Indian journal of veterinary science and animal husbandry - Volume 9,
Year: 1939
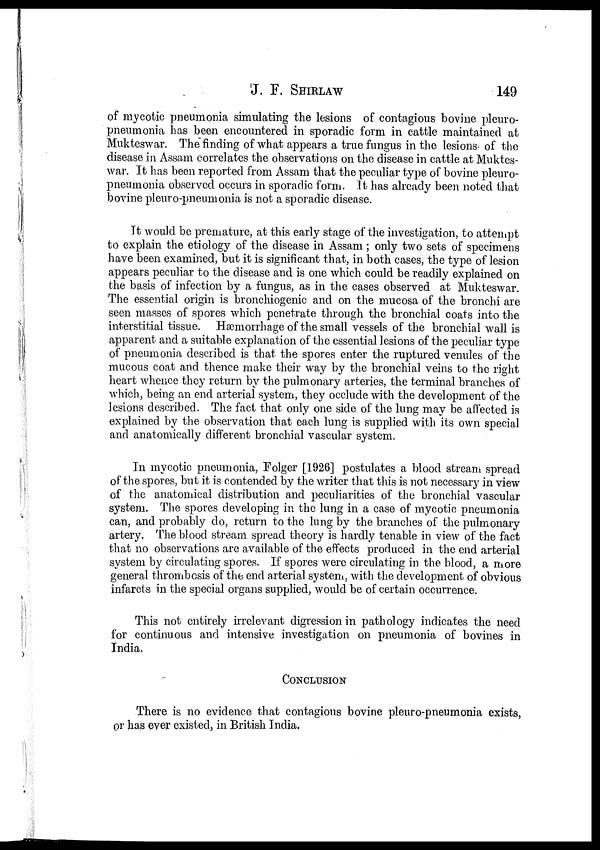
J. F.
SHIRLAW
149
of mycotic pneumonia simulating the lesions of contagious bovine pleuro-
pneumonia has been encountered in sporadic form in cattle maintained at
Mukteswar. The finding of what appears a true fungus in the lesions of the
disease in Assam correlates the observations on the disease in cattle at Muktes-
war. It has been reported from Assam that the peculiar type of bovine pleuro-
pneumonia observed occurs in sporadic form. It has already been noted that
bovine pleuro-pneumonia is not a sporadic disease.
It would be premature, at this early stage of the investigation, to attempt
to explain the etiology of the disease in Assam ; only two sets of specimens
have been examined, but it is significant that, in both cases, the type of lesion
appears peculiar to the disease and is one which could be readily explained on
the basis of infection by a fungus, as in the cases observed at Mukteswar.
The essential origin is bronchiogenic and on the mucosa of the bronchi are
seen masses of spores which penetrate through the bronchial coats into the
interstitial tissue. Hæmorrhage of the small vessels of the bronchial wall is
apparent and a suitable explanation of the essential lesions of the peculiar type
of pneumonia described is that the spores enter the ruptured venules of the
mucous coat and thence make their way by the bronchial veins to the right
heart whence they return by the pulmonary arteries, the terminal branches of
which, being an end arterial system, they occlude with the development of the
lesions described. The fact that only one side of the lung may be affected is
explained by the observation that each lung is supplied with its own special
and anatomically different bronchial vascular system.
In mycotic pneumonia, Folger [1926] postulates a blood stream spread
of the spores, but it is contended by the writer that this is not necessary in view
of the anatomical distribution and peculiarities of the bronchial vascular
system. The spores developing in the lung in a case of mycotic pneumonia
can, and probably do, return to the lung by the branches of the pulmonary-
artery. The blood stream spread theory is hardly tenable in view of the fact
that no observations are available of the effects produced in the end arterial
system by circulating spores. If spores were circulating in the blood, a more
general thrombosis of the end arterial system, with the development of obvious
infarcts in the special organs supplied, would be of certain occurrence.
This not entirely irrelevant digression in pathology indicates the need
for continuous and intensive investigation on pneumonia of bovines in
India.
CONCLUSION
There is no evidence that contagious bovine pleuro-pneumonia exists,
or has ever existed, in British India.